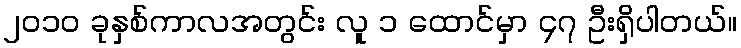
၂၀၁၀ ခုနှစ်ကာလအတွင်း လူ ၁ ထောင်မှာ ၄၇ ဦးရှိပါတယ်။